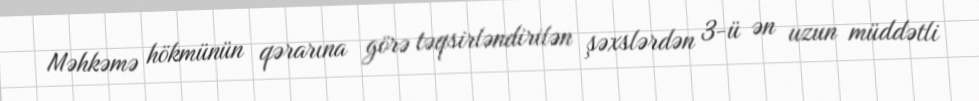
Məhkəmə hökmünün qərarına görə təqsirləndirilən şəxslərdən 3-ü ən uzun müddətli